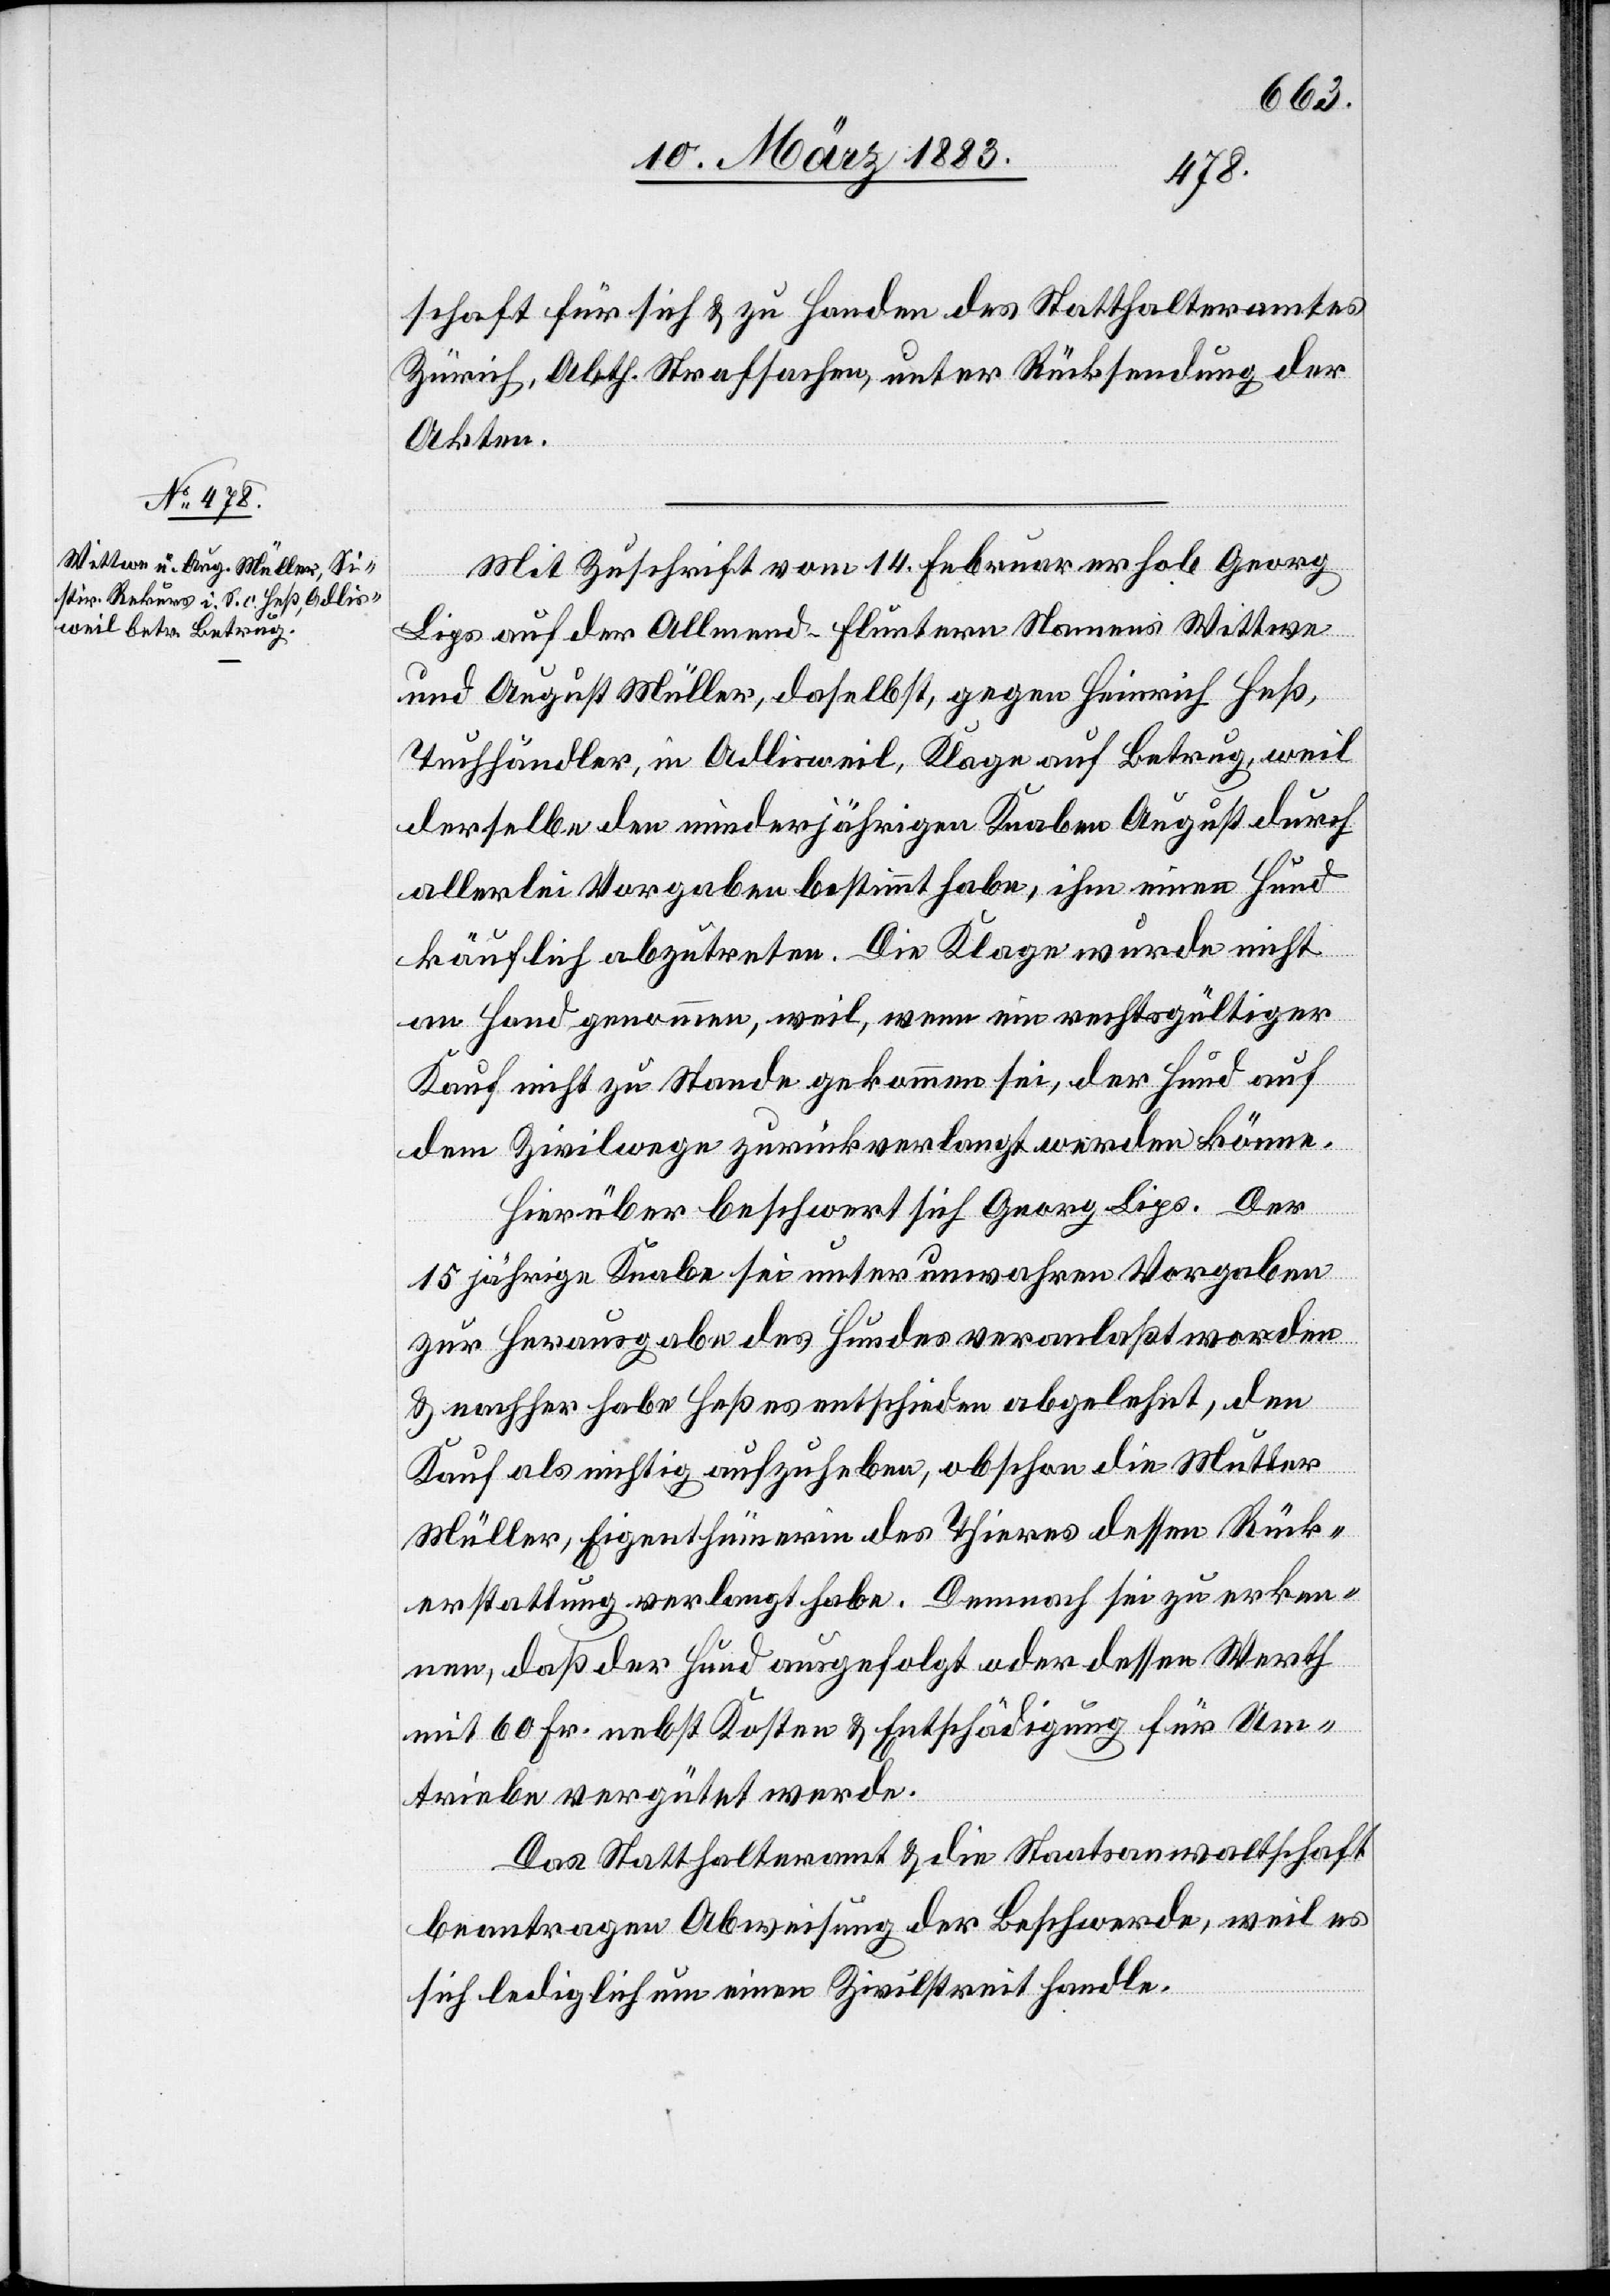
16.
Akten
noch